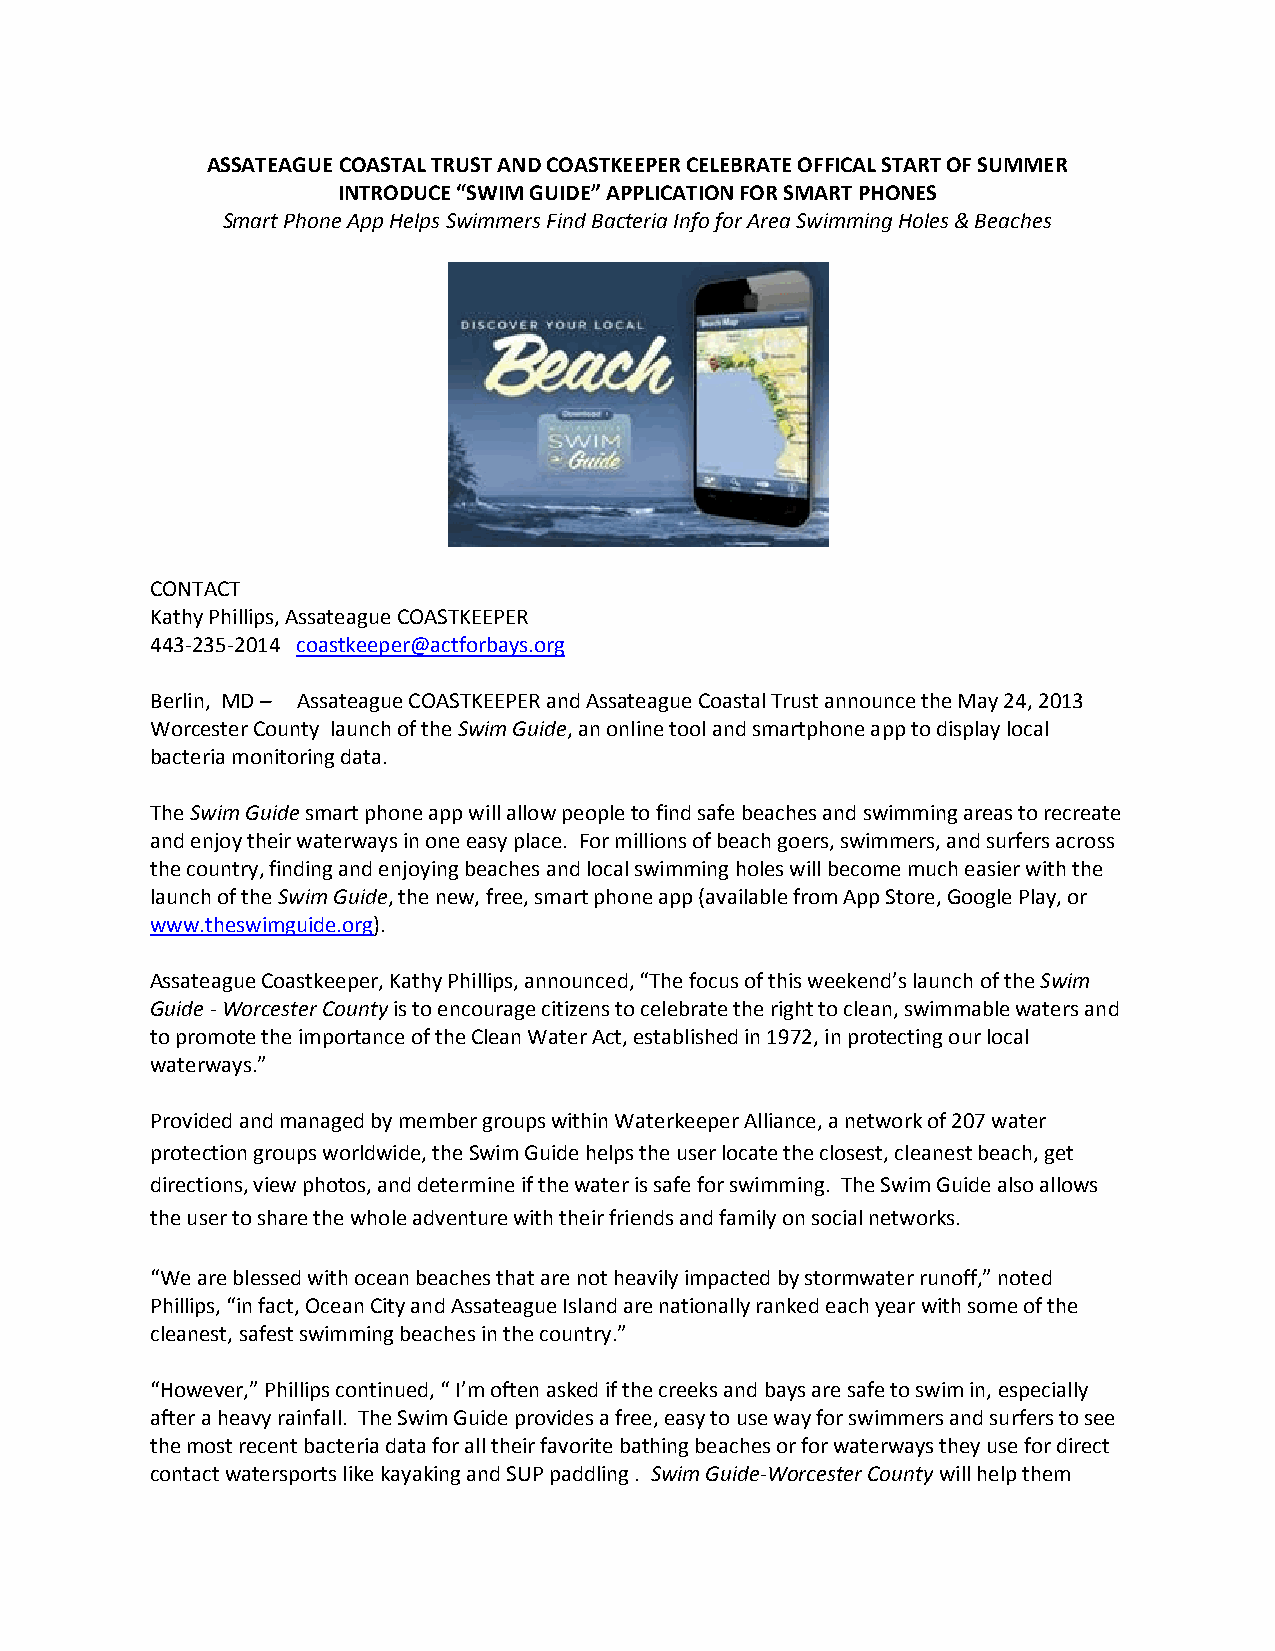
ASSATEAGUE COASTAL TRUST AND COASTKEEPER CELEBRATE OFFICAL START OF SUMMER
 INTRODUCE “SWIM GUIDE” APPLICATION FOR SMART PHONES
 Smart Phone App Helps Swimmers Find Bacteria Info for Area Swimming Holes & Beaches
 CONTACT
 Kathy Phillips, Assateague COASTKEEPER
 443-235-2014 coastkeeper@actforbays.org
 Berlin, MD – Assateague COASTKEEPER and Assateague Coastal Trust announce the May 24, 2013
 Worcester County launch of the Swim Guide, an online tool and smartphone app to display local
 bacteria monitoring data.
 The Swim Guide smart phone app will allow people to find safe beaches and swimming areas to recreate
 and enjoy their waterways in one easy place. For millions of beach goers, swimmers, and surfers across
 the country, finding and enjoying beaches and local swimming holes will become much easier with the
 launch of the Swim Guide, the new, free, smart phone app (available from App Store, Google Play, or
 www.theswimguide.org).
 Assateague Coastkeeper, Kathy Phillips, announced, “The focus of this weekend’s launch of the Swim
 Guide - Worcester County is to encourage citizens to celebrate the right to clean, swimmable waters and
 to promote the importance of the Clean Water Act, established in 1972, in protecting our local
 waterways.”
 Provided and managed by member groups within Waterkeeper Alliance, a network of 207 water
 protection groups worldwide, the Swim Guide helps the user locate the closest, cleanest beach, get
 directions, view photos, and determine if the water is safe for swimming. The Swim Guide also allows
 the user to share the whole adventure with their friends and family on social networks.
 “We are blessed with ocean beaches that are not heavily impacted by stormwater runoff,” noted
 Phillips, “in fact, Ocean City and Assateague Island are nationally ranked each year with some of the
 cleanest, safest swimming beaches in the country.”
 “However,” Phillips continued, “ I’m often asked if the creeks and bays are safe to swim in, especially
 after a heavy rainfall. The Swim Guide provides a free, easy to use way for swimmers and surfers to see
 the most recent bacteria data for all their favorite bathing beaches or for waterways they use for direct
 contact watersports like kayaking and SUP paddling . Swim Guide-Worcester County will help them